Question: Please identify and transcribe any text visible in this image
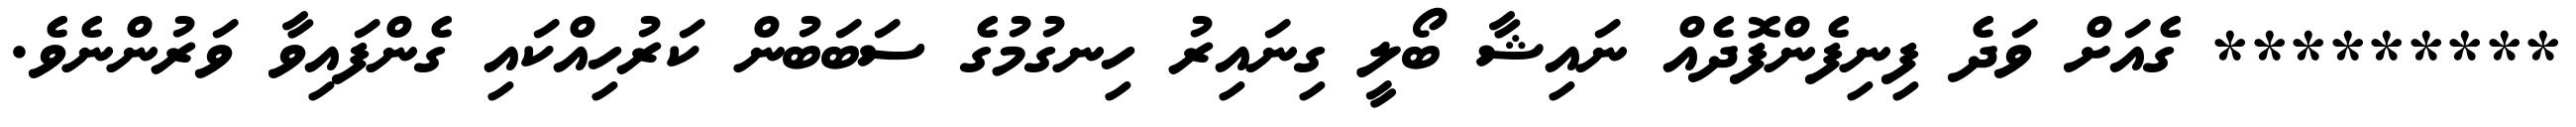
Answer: ********* ގެއަށް ވަދެ ފިނިފެންފޮދެއް ނައިޝާ ބޯލީ ގިނައިރު ހިނގުމުގެ ސަބަބުން ކަރުހިއްކައި ގެންފައިވާ ވަރުންނެވެ.